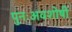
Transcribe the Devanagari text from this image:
पुनःअवशोषी